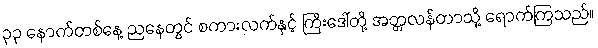
၃၃ နောက်တစ်နေ့ ညနေတွင် စကားလက်နှင့် ကြီးဒေါ်တို့ အတ္တလန်တာသို့ ရောက်ကြသည်။